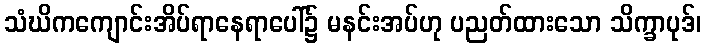
သံဃိကကျောင်းအိပ်ရာနေရာပေါ်၌ မနင်းအပ်ဟု ပညတ်ထားသော သိက္ခာပုဒ်၊